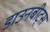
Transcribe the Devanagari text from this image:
डाउनबीट्स